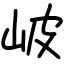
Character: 岥